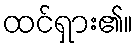
ထင်ရှား၏။